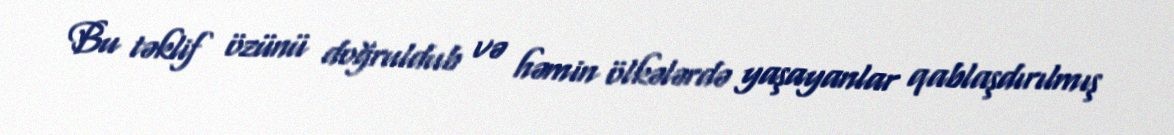
Bu təklif özünü doğruldub və həmin ölkələrdə yaşayanlar qablaşdırılmış